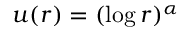
u ( r ) = ( \log r ) ^ { \alpha }